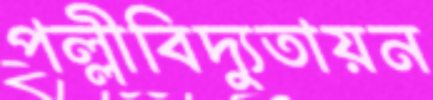
পল্লীবিদ্যুতায়ন